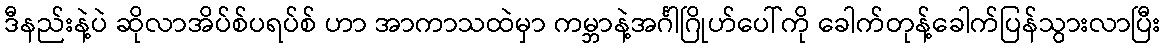
ဒီနည်းနဲ့ပဲ ဆိုလာအိပ်စ်ပရပ်စ် ဟာ အာကာသထဲမှာ ကမ္ဘာနဲ့အင်္ဂါဂြိုဟ်ပေါ်ကို ခေါက်တုန့်ခေါက်ပြန်သွားလာပြီး